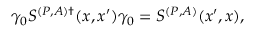
\gamma _ { 0 } S ^ { ( P , A ) \dagger } ( x , x ^ { \prime } ) \gamma _ { 0 } = S ^ { ( P , A ) } ( x ^ { \prime } , x ) ,